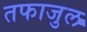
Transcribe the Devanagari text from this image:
तफाजुल